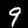
Digit: 9